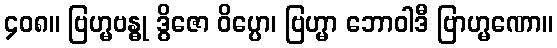
၄၀၈။ ဗြဟ္မဗန္ဓု ဒွိဇော ဝိပ္ပော၊ ဗြဟ္မာ ဘောဝါဒီ ဗြာဟ္မဏော။